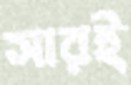
সারই